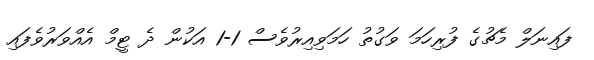
ފައިނަލް މެޗުގެ ފުރިހަމަ ވަގުތު ހަމަވިއިރުވެސް 1-1 އަކުން ދެ ޓީމް އެއްވަރުވެފައި